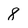
Character: 8